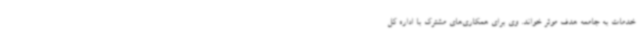
خدمات به جامعه هدف موثر خواند. وی برای همکاری‌های مشترک با اداره کل